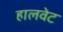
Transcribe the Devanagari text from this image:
हालवेट